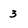
Character: 3